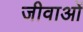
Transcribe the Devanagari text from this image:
जीवाओं